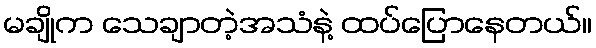
မချိုက သေချာတဲ့အသံနဲ့ ထပ်ပြောနေတယ်။